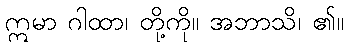
ဣမာ ဂါထာ၊ တို့ကို။ အဘာသိ၊ ၏။